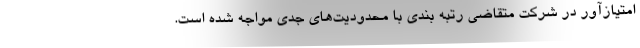
امتیازآور در شرکت متقاضی رتبه بندی با محدودیت‌های جدی مواجه شده است.